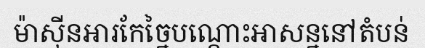
ម៉ាស៊ីនអារកែច្នៃបណ្តោះអាសន្ននៅតំបន់